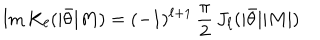
LaTeX: \mathrm { I m } \, K _ { \ell } ( | \bar { \theta } | M ) = ( - 1 ) ^ { \ell + 1 } \, { \frac { \pi } { 2 } } \, J _ { \ell } ( | \bar { \theta } | | M | )